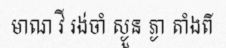
មាណ វី រង់ចាំ ស្ងួន ភ្ងា តាំងពី